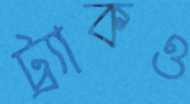
ট্র্যাকও